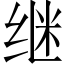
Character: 继